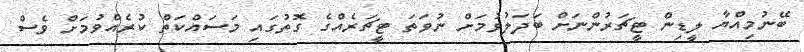
ބޭނުމިއްޔާ ލީޑިން ޓީޗަރުންނަށް ބަދަލުވުމަށް ނުވަތަ ޓީޗަރެއްގެ ގޮތުގައި މަސައްކަތް ކުރެއްވުމަށް ވެސް